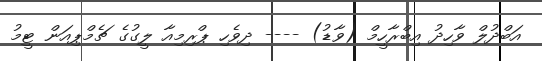
އަބްދުލް ވާހިދު އިބްރާހީމް (ވާޑު) ---- ދިވެހި ޕްރިމިއާ ލީގުގެ ޗެމްޕިއަން ޓީމު